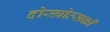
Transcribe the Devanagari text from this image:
दोस्त्रोव्सकी